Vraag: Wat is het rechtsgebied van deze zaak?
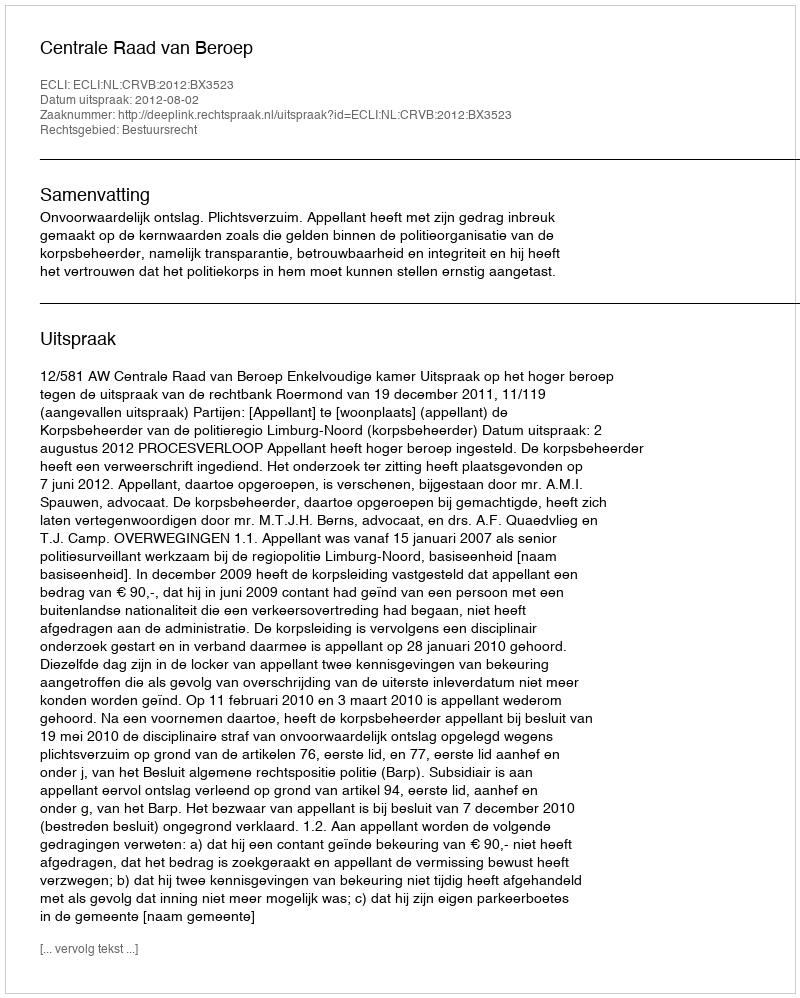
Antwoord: Bestuursrecht